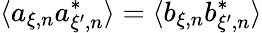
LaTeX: \langle a_{\xi,n}a_{\xi^{\prime},n}^{*}\rangle=\langle b_{\xi,n}b_{\xi^{\prime},n}^{*}\rangle